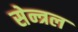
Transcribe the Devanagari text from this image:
सेन्त्रल